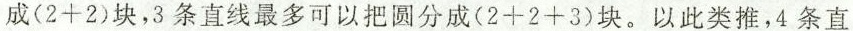
成(2+2)块，3条直线最多可以把圆分成(2+2+3)块。以此类推，4条直